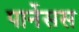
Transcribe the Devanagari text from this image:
पार्नेसस